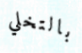
بالتخلي